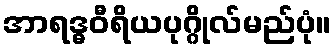
အာရဒ္ဓဝီရိယပုဂ္ဂိုလ်မည်ပုံ။